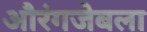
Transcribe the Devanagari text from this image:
औरंगजेबला